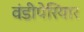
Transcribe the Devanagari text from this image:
वंडीपेरियार